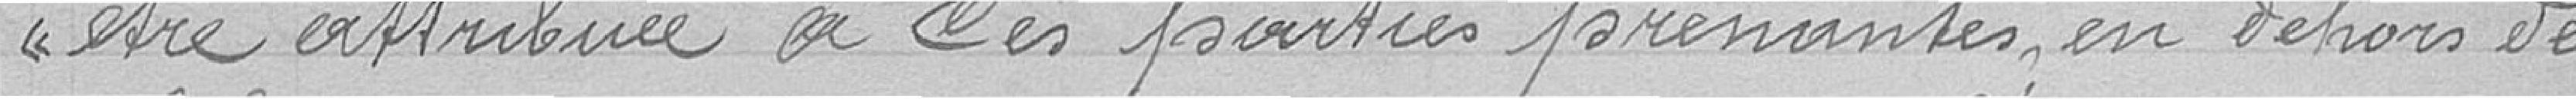
être attribuée à ces parties prenantes, en dehors des